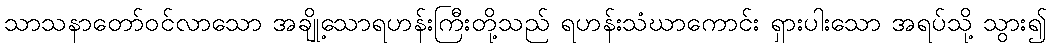
သာသနာတော်ဝင်လာသော အချို့သောရဟန်းကြီးတို့သည် ရဟန်းသံဃာကောင်း ရှားပါးသော အရပ်သို့ သွား၍